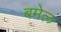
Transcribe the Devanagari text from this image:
बमेल